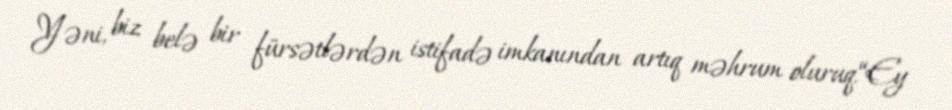
Yəni, biz belə bir fürsətlərdən istifadə imkanından artıq məhrum oluruq.“Ey